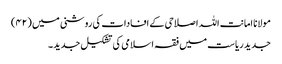
مولانا امانت اللہ اصلاحی کے افادات کی روشنی میں (۴۲)
جدید ریاست میں فقہ اسلامی کی تشکیل جدید ۔